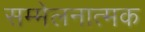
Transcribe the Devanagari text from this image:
सम्मेलनात्मक